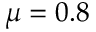
\mu = 0 . 8